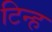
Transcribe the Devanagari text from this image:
टिन्ह